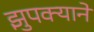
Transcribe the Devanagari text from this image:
झुपक्याने